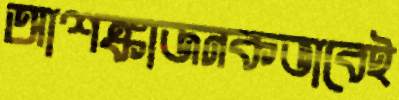
আশঙ্কাজনকভাবেই